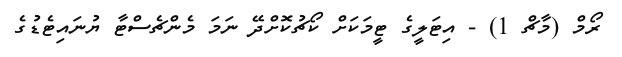
ރޯމް (މާޗް 1) - އިޓަލީގެ ޓީމަކަށް ކޯޗުކޮށްދޭ ނަމަ މެންޗެސްޓާ ޔުނައިޓެޑުގެ